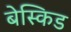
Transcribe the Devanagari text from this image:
बेस्किड